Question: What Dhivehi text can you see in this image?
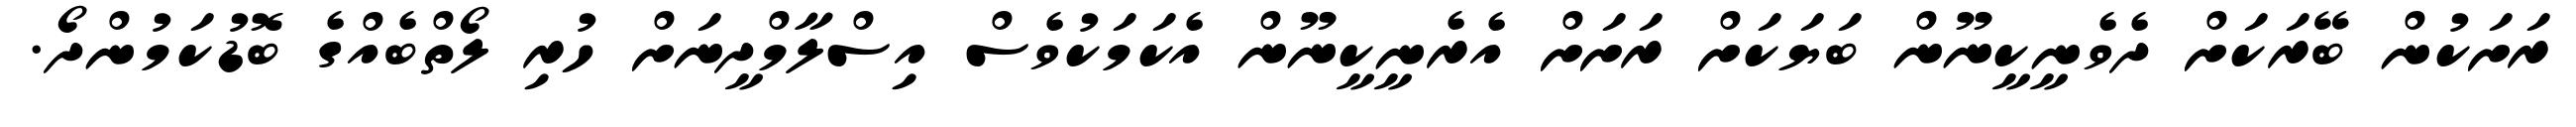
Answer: ރަށަކުން ބޭރަކަށް ދެވެނީކީނޫން ބަޔަކަށް ރަށަށް އެރެނީކީނޫން އެކަމަކުވެސް އިސްލާމްދީނަށް ހުރި ލޯތްބެއްގެ ބޮޑުކަމުންދޯ.